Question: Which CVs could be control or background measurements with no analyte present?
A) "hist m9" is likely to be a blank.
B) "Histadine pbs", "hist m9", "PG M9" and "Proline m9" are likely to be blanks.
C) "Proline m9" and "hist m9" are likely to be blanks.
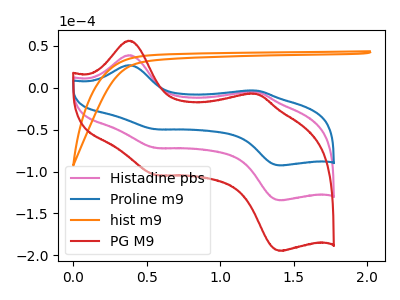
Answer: <think>The pink curve "Histadine pbs" has anodic peaks at (0.35V, 38.60uA) (1.25V, -5.15uA) and cathodic peaks at (0.55V, -71.85uA) (1.40V, -134.25uA). The blue curve "Proline m9" has anodic peaks at (0.35V, 26.65uA) (1.25V, -3.55uA) and cathodic peaks at (0.55V, -49.60uA) (1.40V, -92.70uA). The orange curve "hist m9" has no peaks. The red curve "PG M9" has anodic peaks at (0.35V, 77.20uA) (1.25V, -10.30uA) and cathodic peaks at (0.55V, -143.70uA) (1.40V, -268.45uA).</think>
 <answer>A) "hist m9" is likely to be a blank.</answer>
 <eval>A</eval>